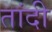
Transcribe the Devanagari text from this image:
तांदी